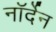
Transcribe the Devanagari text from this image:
नॉर्देन